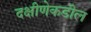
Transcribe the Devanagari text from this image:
दक्षीणेकडील